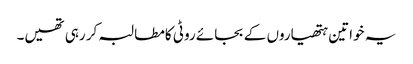
یہ خواتین ہتھیاروں کے بجائے روٹی کامطالبہ کر رہی تھیں۔